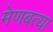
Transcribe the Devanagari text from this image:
मेणबत्या